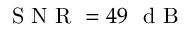
\mathrm { ~ S ~ N ~ R ~ } = 4 9 \ \mathrm { ~ d ~ B ~ }